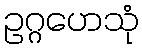
ဥဂ္ဂဟေသုံ